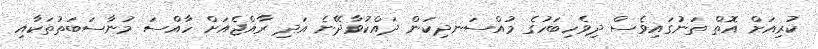
ކުރިއަށް އޮތް ތަނުގައިވެސް ދިވެހިބަހުގެ މުއްސަނދިކަން ދައްކުވާދޭނެ އަދި ރާއްޖެއަށް ހާއްސަ މުނާސަބަތުތަކާއި